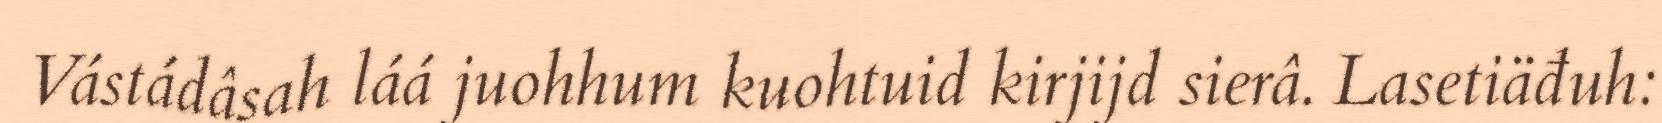
Vástádâsah láá juohhum kuohtuid kirjijd sierâ. Lasetiäđuh: